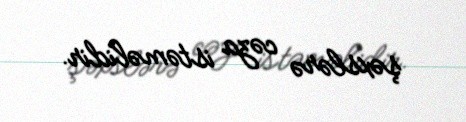
şəxslərə cəza istəməlidir.